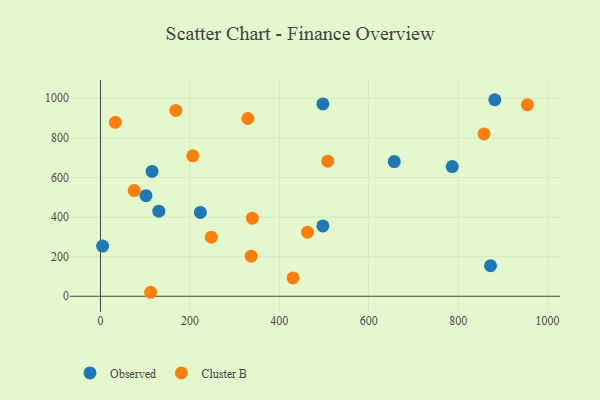
{"axis": {"x": "Price", "y": "Fuel Efficiency"}, "legend": ["Cluster B", "Observed"], "data": [{"x": "130.5", "y": 429.6, "type": "Observed"}, {"x": "882.0", "y": 992.4, "type": "Observed"}, {"x": "223.4", "y": 423.1, "type": "Observed"}, {"x": "497.4", "y": 971.4, "type": "Observed"}, {"x": "115.4", "y": 630.2, "type": "Observed"}, {"x": "497.4", "y": 355.0, "type": "Observed"}, {"x": "101.8", "y": 507.8, "type": "Observed"}, {"x": "872.4", "y": 154.0, "type": "Observed"}, {"x": "4.8", "y": 253.2, "type": "Observed"}, {"x": "786.7", "y": 654.7, "type": "Observed"}, {"x": "657.1", "y": 680.2, "type": "Observed"}, {"x": "206.4", "y": 708.9, "type": "Cluster B"}, {"x": "430.7", "y": 92.7, "type": "Cluster B"}, {"x": "954.8", "y": 967.1, "type": "Cluster B"}, {"x": "508.3", "y": 681.9, "type": "Cluster B"}, {"x": "337.1", "y": 202.5, "type": "Cluster B"}, {"x": "329.6", "y": 897.6, "type": "Cluster B"}, {"x": "339.6", "y": 394.2, "type": "Cluster B"}, {"x": "33.1", "y": 878.4, "type": "Cluster B"}, {"x": "168.5", "y": 938.5, "type": "Cluster B"}, {"x": "247.8", "y": 298.3, "type": "Cluster B"}, {"x": "112.1", "y": 20.0, "type": "Cluster B"}, {"x": "857.7", "y": 819.6, "type": "Cluster B"}, {"x": "463.1", "y": 323.5, "type": "Cluster B"}, {"x": "75.3", "y": 533.7, "type": "Cluster B"}]}